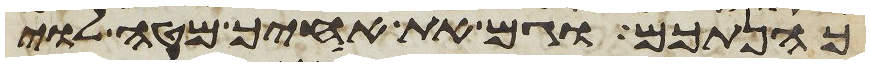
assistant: כהנתכם וגם את אחיך מטה לוי